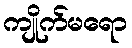
ကျိုက်မရော